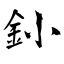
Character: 釥